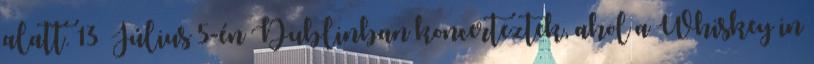
alatt. 13 Július 5-én Dublinban koncerteztek, ahol a Whiskey in